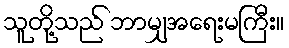
သူတို့သည် ဘာမျှအရေးမကြီး။